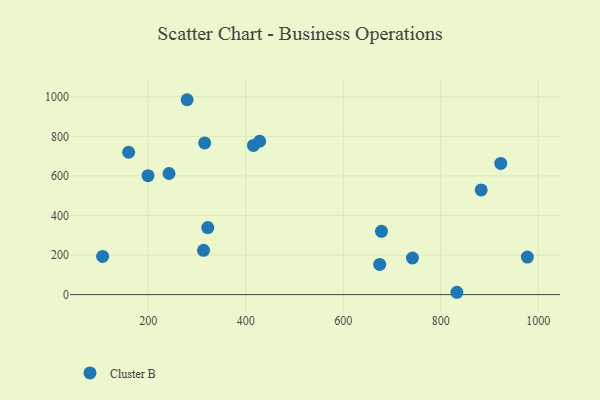
{"axis": {"x": "Distance", "y": "Fuel Efficiency"}, "legend": ["Cluster B"], "data": [{"x": "833.1", "y": 11.9, "type": "Cluster B"}, {"x": "428.5", "y": 775.4, "type": "Cluster B"}, {"x": "742.0", "y": 185.1, "type": "Cluster B"}, {"x": "313.4", "y": 223.9, "type": "Cluster B"}, {"x": "199.5", "y": 601.2, "type": "Cluster B"}, {"x": "923.1", "y": 663.4, "type": "Cluster B"}, {"x": "315.7", "y": 767.0, "type": "Cluster B"}, {"x": "322.1", "y": 339.0, "type": "Cluster B"}, {"x": "415.8", "y": 754.5, "type": "Cluster B"}, {"x": "883.0", "y": 529.4, "type": "Cluster B"}, {"x": "242.6", "y": 612.3, "type": "Cluster B"}, {"x": "106.4", "y": 193.2, "type": "Cluster B"}, {"x": "279.7", "y": 985.4, "type": "Cluster B"}, {"x": "678.4", "y": 320.1, "type": "Cluster B"}, {"x": "159.8", "y": 719.9, "type": "Cluster B"}, {"x": "977.7", "y": 189.9, "type": "Cluster B"}, {"x": "674.8", "y": 152.6, "type": "Cluster B"}]}